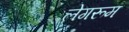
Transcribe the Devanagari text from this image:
लेगरूम